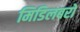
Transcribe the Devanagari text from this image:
मिडिलबरो